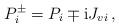
LaTeX: \begin{align*}P_i^\pm=P_i\mp {\rm i} J_{vi}\,,\end{align*}